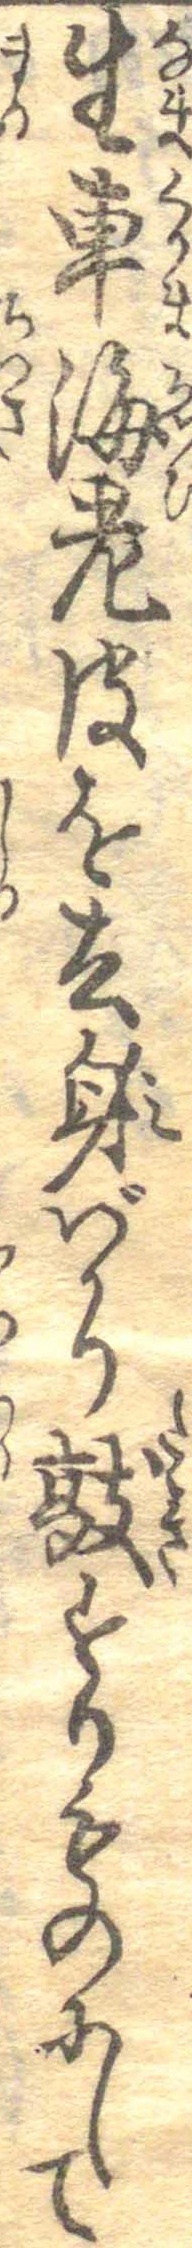
生車海老皮を去身ばかり敲すりものにして